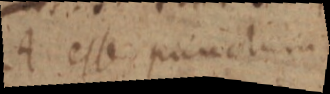
A esse punctum